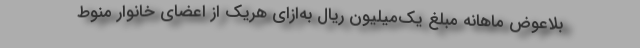
بلاعوض ماهانه مبلغ یک‌میلیون ریال به‌ازای هریک از اعضای خانوار منوط